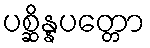
ပစ္ဆိန္နပတ္တော